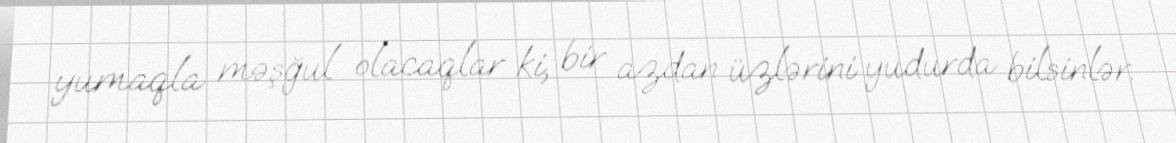
yumaqla məşğul olacaqlar ki, bir azdan üzlərini yudurda bilsinlər.